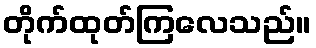
တိုက်ထုတ်ကြလေသည်။